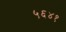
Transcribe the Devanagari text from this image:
५६४१